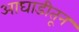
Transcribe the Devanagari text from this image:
आघाडीतून